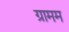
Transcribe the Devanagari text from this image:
ग्रामम